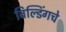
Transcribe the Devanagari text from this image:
बिल्डिंगचे